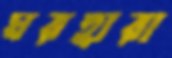
ঘরহারা